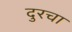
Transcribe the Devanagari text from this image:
दुरचा